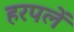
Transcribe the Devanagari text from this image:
हरपलें